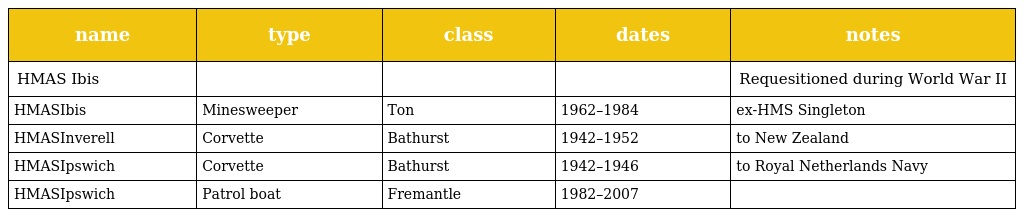
| name | type | class | dates | notes |
 | --- | --- | --- | --- | --- |
 | HMAS Ibis |  |  |  | Requesitioned during World War II |
 | HMASIbis | Minesweeper | Ton | 1962–1984 | ex-HMS Singleton |
 | HMASInverell | Corvette | Bathurst | 1942–1952 | to New Zealand |
 | HMASIpswich | Corvette | Bathurst | 1942–1946 | to Royal Netherlands Navy |
 | HMASIpswich | Patrol boat | Fremantle | 1982–2007 |  |